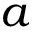
a